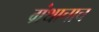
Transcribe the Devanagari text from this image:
ग्रंथाचाच